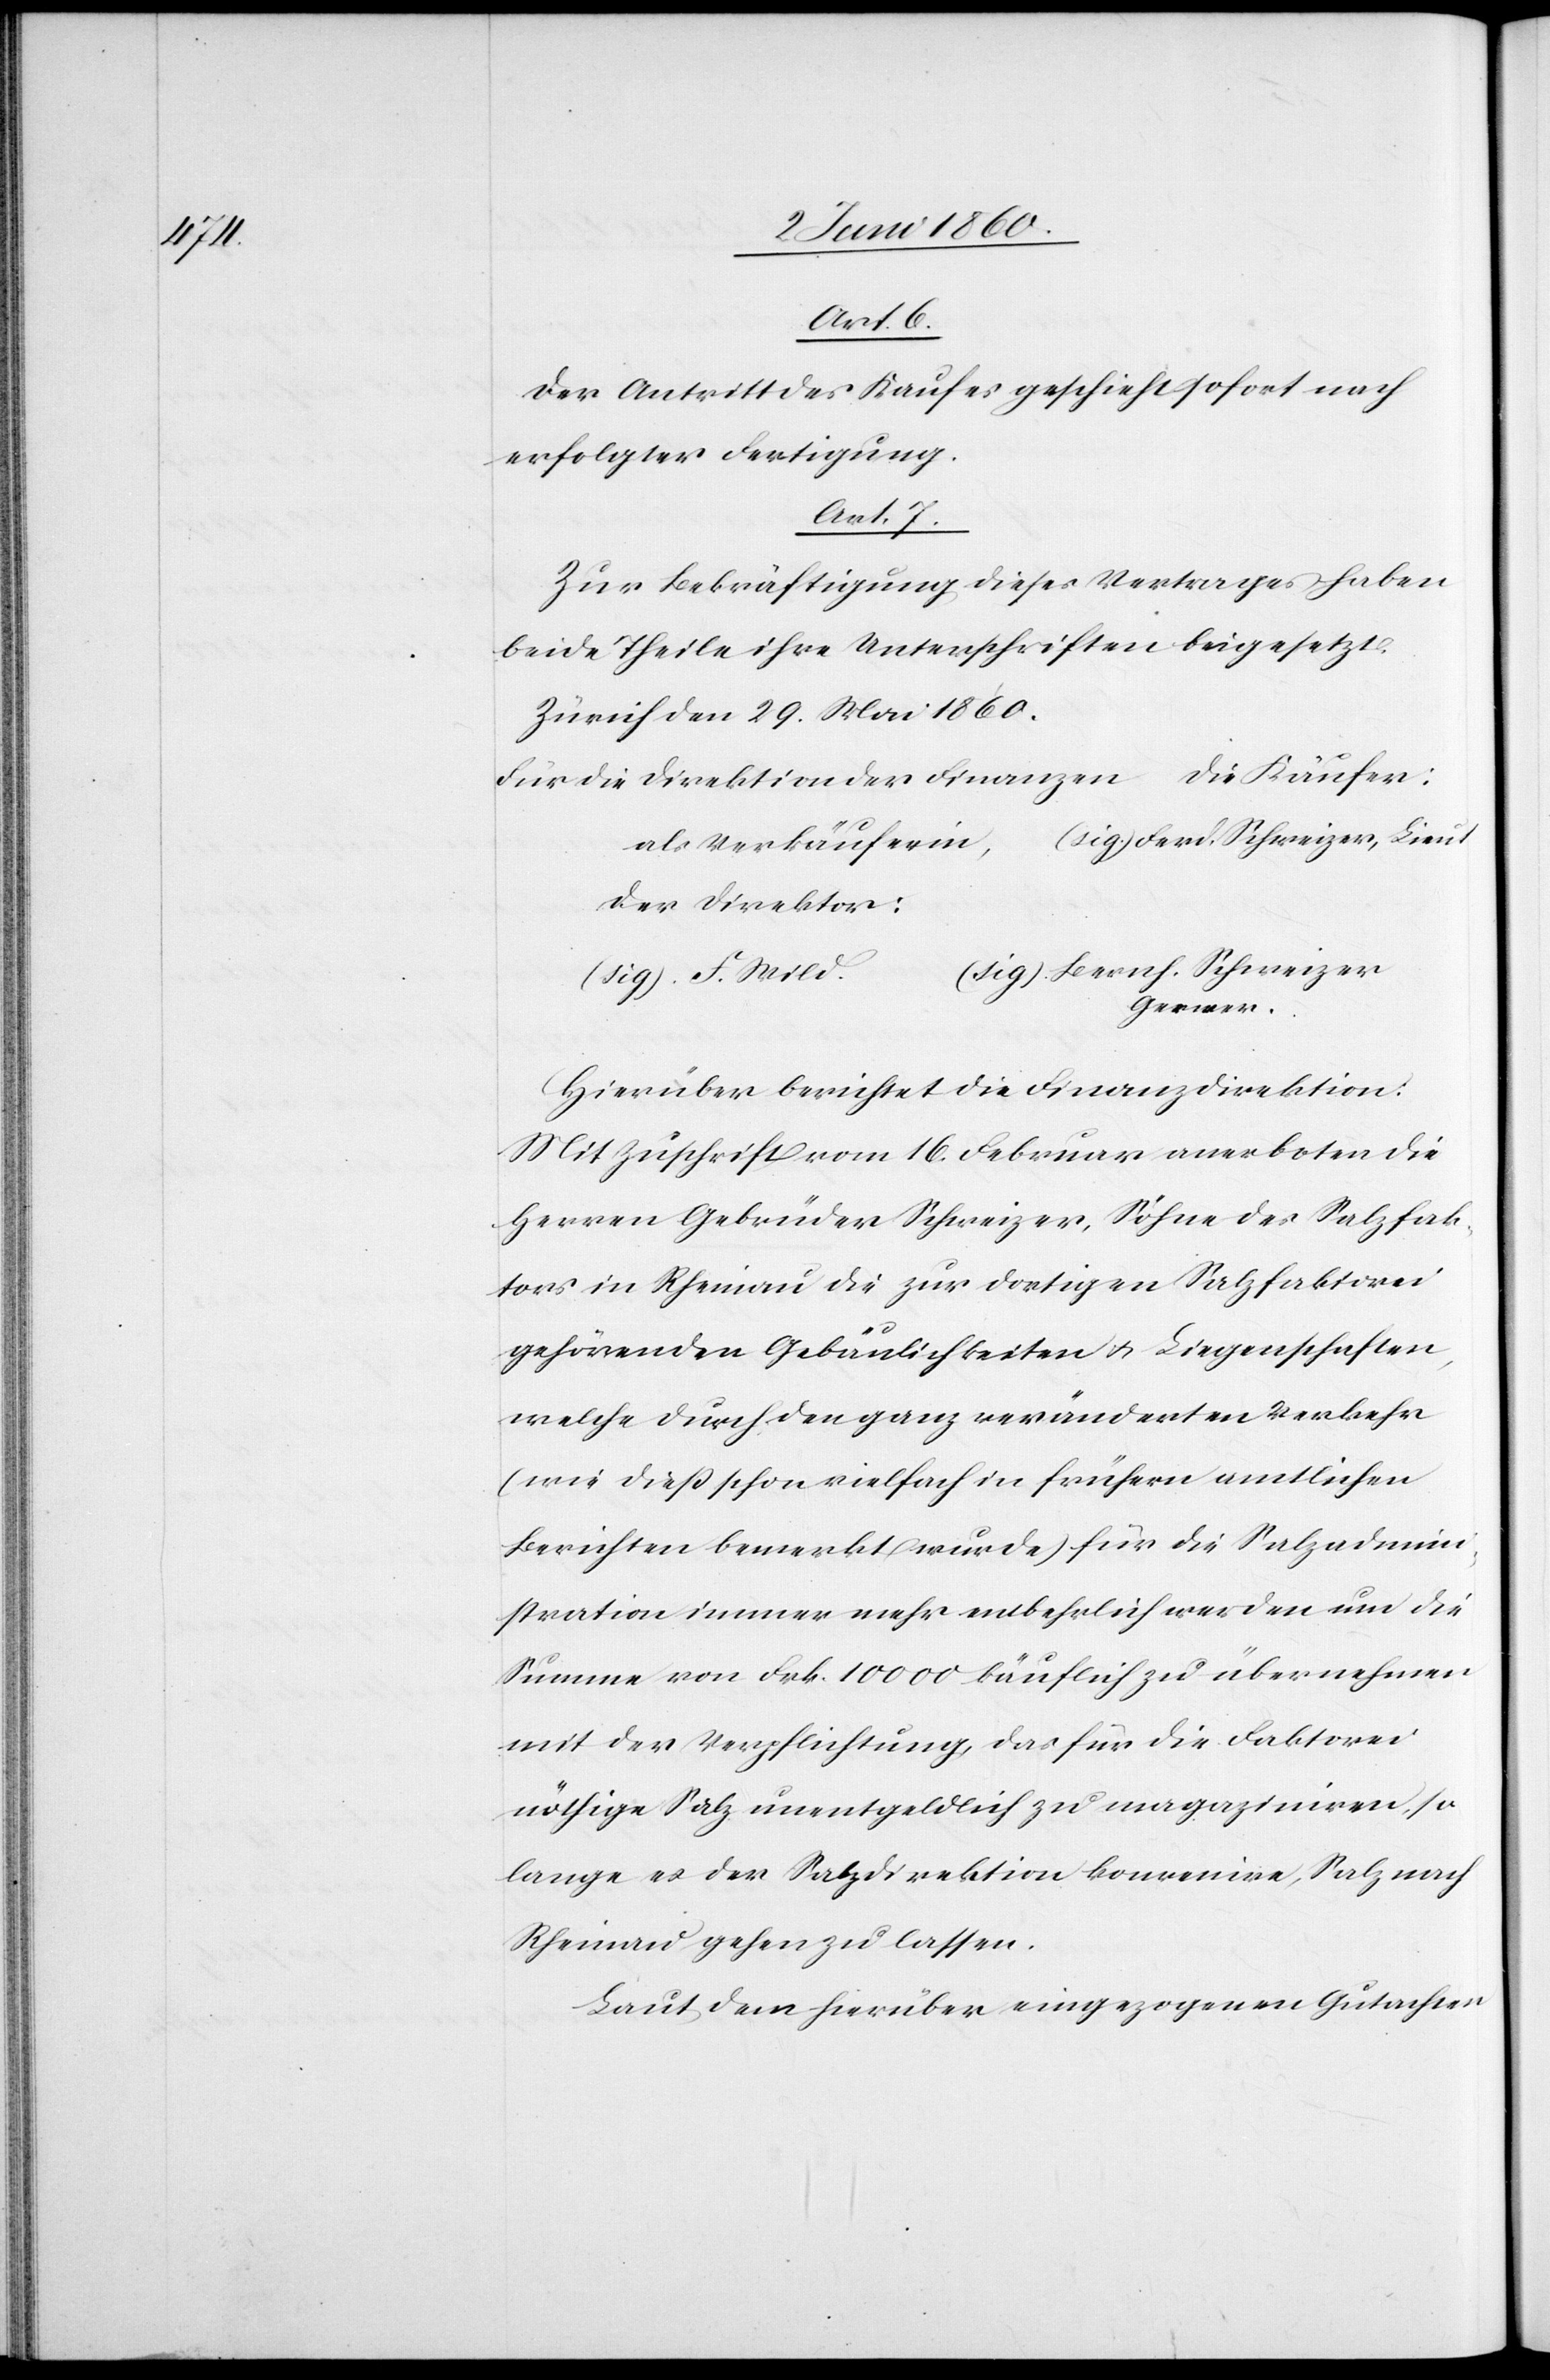
Art. 6.
Der Antritt des Kaufes geschieht sofort nach
erfolgter Fertigung.
Art. 7.
Zur Bekräftigung dieses Vertrages haben
beide Theile ihre Unterschriften beigesetzt.
Zürich den 29. Mai 1860.
Für die Direktion der Finanzen 			Die Käufer
n,	(sig.) Ferd. Schweizer, Lieut.
als Verkäuferi¬
Der Direktor:
Bernh. Schweizer
Gerwer.
Hierüber berichtet die Finanzdirektion:
Mit Zuschrift vom 16. Februar anerboten die
Herren Gebrüder Schweizer, Söhne des Salzfak¬
tors in Rheinau die zur dortigen Salzfaktorei
gehörenden Gebäulichkeiten u. Liegenschaften,
welche durch den ganz veränderten Verkehr
(wie diess schon vielfach in frühern amtlichen
Berichten bemerkt wurde) für die Salzadmini¬
stration immer mehr entbehrlich werden und die
Summe von Frk. 10 000 käuflich zu übernehmen
mit der Verpflichtung, das für die Faktoren
nöthige Salz unentgeldlich zu magaziniren, so
lange es der Salzdirektion konvenire, Salz nach
Rheinau gehen zu lassen.
Laut dem hierüber eingezogenen Gutachten